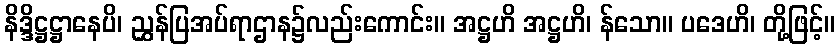
နိဒ္ဒိဋ္ဌဋ္ဌာနေပိ၊ ညွှန်ပြအပ်ရာဌာန၌လည်းကောင်း။ အဋ္ဌဟိ အဋ္ဌဟိ၊ န်သော။ ပဒေဟိ၊ တို့ဖြင့်။